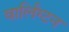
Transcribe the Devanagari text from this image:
वार्लिंग्टन